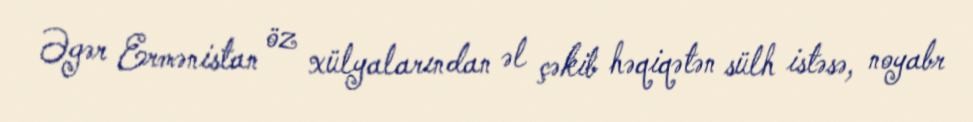
Əgər Ermənistan öz xülyalarından əl çəkib həqiqətən sülh istəsə, noyabr